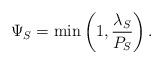
LaTeX: \begin{align*}\Psi_S = \min\left(1, \frac{\lambda_S}{P_S}\right).\end{align*}